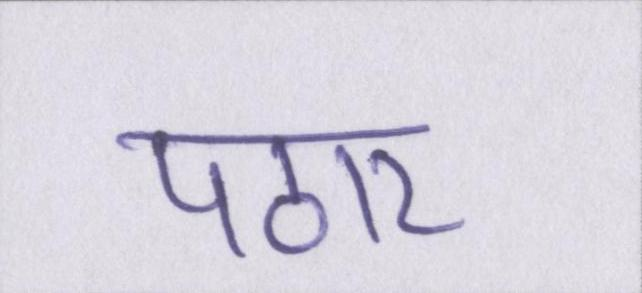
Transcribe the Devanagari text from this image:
पठार